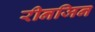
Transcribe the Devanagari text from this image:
रीनजिन